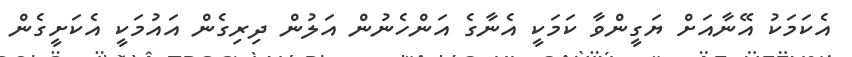
އެކަމަކު އޭނާއަށް ޔަގީންވާ ކަމަކީ އެނާގެ އަންހެނުން އަލުން ދިރިގެން އައުމަކީ އެކަށީގެން